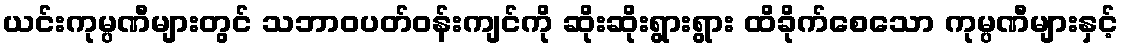
ယင်းကုမ္ပဏီများတွင် သဘာဝပတ်ဝန်းကျင်ကို ဆိုးဆိုးရွားရွား ထိခိုက်စေသော ကုမ္ပဏီများနှင့်